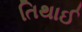
તિથાઈ